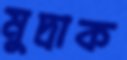
মুদ্রাক